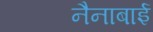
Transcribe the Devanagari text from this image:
नैनाबाई